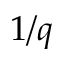
1 / q